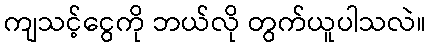
ကျသင့်ငွေကို ဘယ်လို တွက်ယူပါသလဲ။